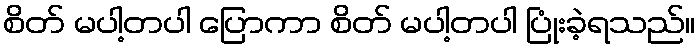
စိတ် မပါ့တပါ ပြောကာ စိတ် မပါ့တပါ ပြုံးခဲ့ရသည်။